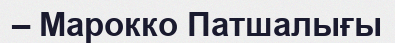
– Марокко Патшалығы